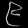
Digit: ၉